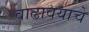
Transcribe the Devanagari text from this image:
वाढावयाचे